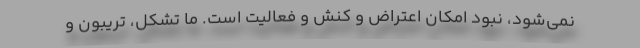
نمی‌شود، نبود امکان اعتراض و کنش و فعالیت است. ما تشکل، تریبون و